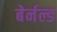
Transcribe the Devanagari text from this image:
बेर्नल्ड